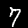
Digit: 7